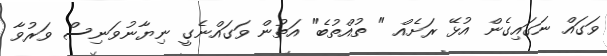
ވަގައް ނަގައިގެން އުޅޭ ރަށެއް " ތުއްތުބެ" އަތުން ވަގައްނެގީ ނިޔާނުވަނިސް ވަރުވާ